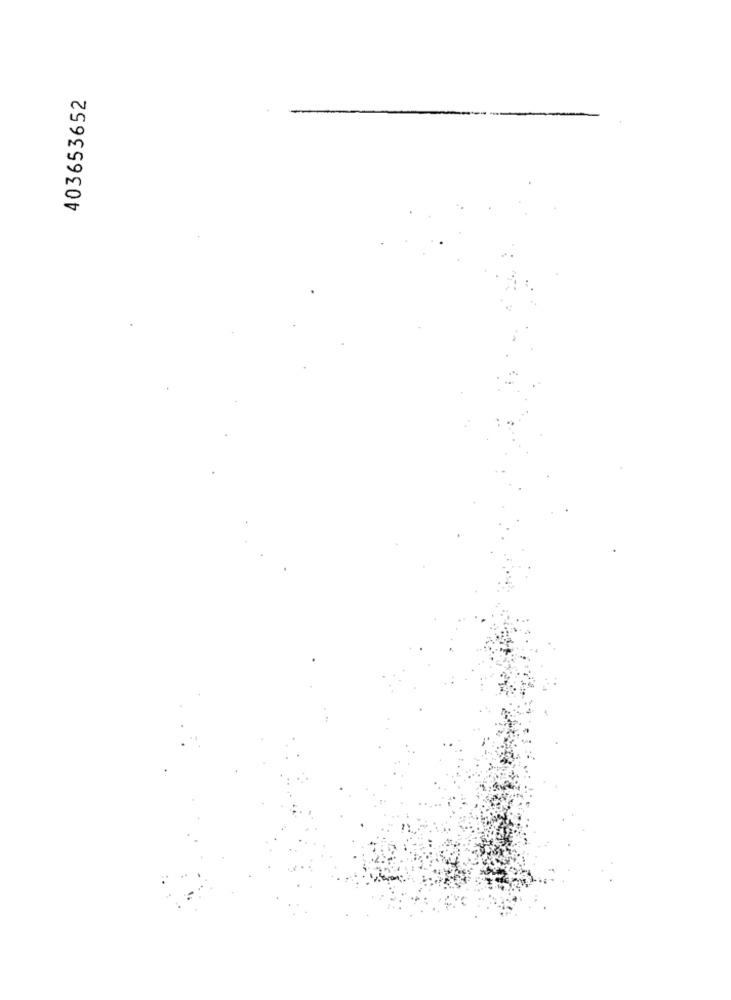
403653652